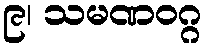
၉၊ သမဏဝဂ္ဂ